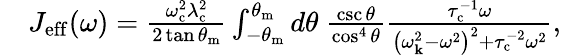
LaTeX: \begin{array}{rl}&{J_{\mathrm{eff}}(\omega)=\frac{\omega_{\mathrm{c}}^{2}\lambda_{\mathrm{c}}^{2}}{2\tan\theta_{\mathrm{m}}}\int_{-\theta_{\mathrm{m}}}^{\theta_{\mathrm{m}}}d\theta\ \frac{\csc\theta}{\cos^{4}\theta}\frac{\tau_{\mathrm{c}}^{-1}\omega}{\left(\omega_{\mathbf{k}}^{2}-\omega^{2}\right)^{2}+\tau_{\mathrm{c}}^{-2}\omega^{2}},}\end{array}